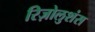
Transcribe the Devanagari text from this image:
रिज़ोलुशंस